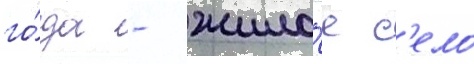
го́да - жило́е с'ело